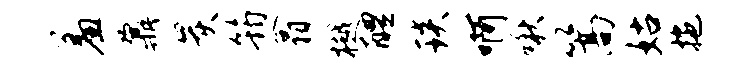
羞鼐炭筠翕樾醴琰啊啾篙姑拖